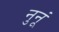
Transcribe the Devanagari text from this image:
नुनूं